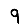
Digit: 9